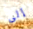
إلى